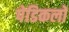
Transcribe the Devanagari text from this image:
पेडिकलों